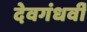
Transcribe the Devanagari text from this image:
देवगंधर्वी